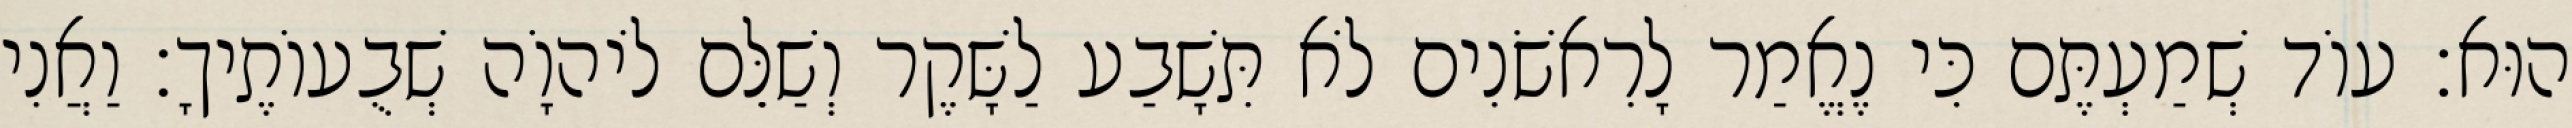
הוּא׃ עוֹד שְׁמַעְתֶּם כִּי נֶאֱמַר לָרִאשֹׁנִים לֹא תִּשָׁבַע לַשָּׁקֶר וְשַׁלֵּם לֹיהוָֹה שְׁבֻעוֹתֶיךָ׃ וַאֲנִי